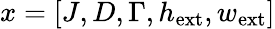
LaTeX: x=[J,D,\Gamma,h_{\mathrm{ext}},w_{\mathrm{ext}}]